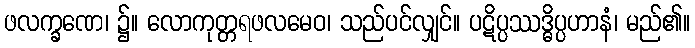
ဖလက္ခဏေ၊ ၌။ လောကုတ္တရဖလမေဝ၊ သည်ပင်လျှင်။ ပဋိပ္ပဿဒ္ဓိပ္ပဟာနံ၊ မည်၏။